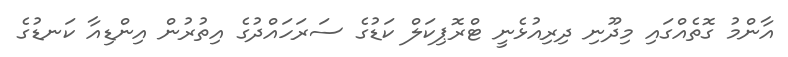
އާންމު ގޮތެއްގައި މިދޫނި ދިރިއުޅެނީ ޓްރޮޕިކަލް ކަޑުގެ ސަރަހައްދުގެ އިތުރުން އިންޑިއާ ކަނޑުގެ